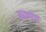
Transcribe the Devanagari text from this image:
कश्पय